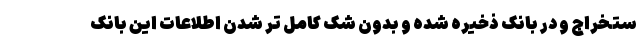
ستخراج و در بانک ذخیره شده و بدون شک کامل تر شدن اطلاعات این بانک